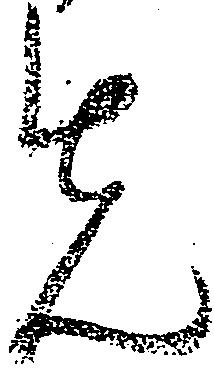
先